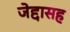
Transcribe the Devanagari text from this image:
जेद्दासह